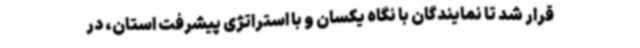
قرار شد تا نمایندگان با نگاه یکسان و با استراتژی پیشرفت استان، در